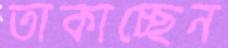
তাকাচ্ছেন